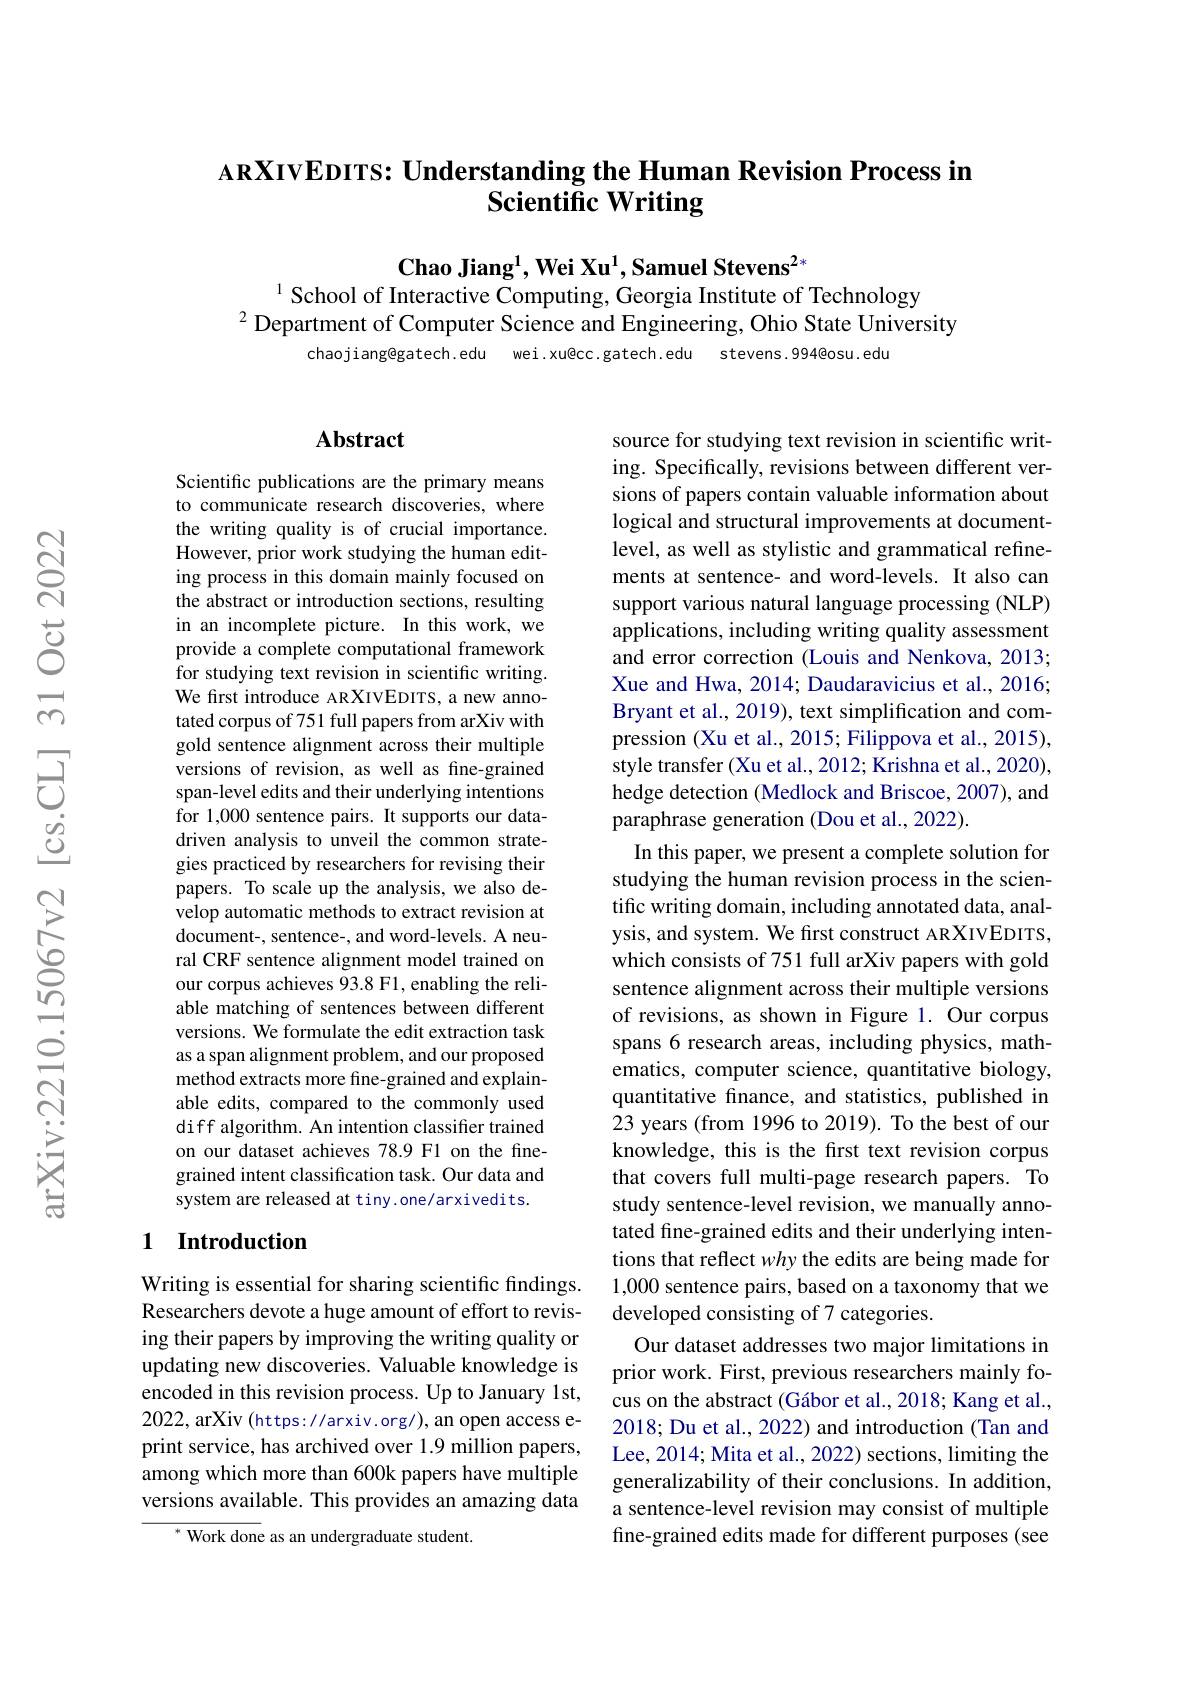
### $\textbf{ARXIVEDITS: Understanding the Human Revision Process in}$ Scientific Writing

Chao Jiang$^1$,Wei Xu$^1$,Samuel Stevens$^{2*}$
$^{1}$ School of Interactive Computing, Georgia Institute of Technology

$^{2}$ Department of Computer Science and Engineering, Ohio State University
chaojiang@gatech.edu wei.xu@cc.gatech.edu stevens.994@osu.edu

## $\mathbf{Abstract}$

Scientific publications are the primary means to communicate research discoveries, where the writing quality is of crucial importance. However, prior work studying the human editing process in this domain mainly focused on the abstract or introduction sections, resulting in an incomplete picture. In this work, we provide a complete computational framework for studying text revision in scientific writing. We first introduce ARXIVEDITS, a new annotated corpus of 751 full papers from arXiv with gold sentence alignment across their multiple versions of revision, as well as fine-grained span-level edits and their underlying intentions for 1,000 sentence pairs. It supports our datadriven analysis to unveil the common strategies practiced by researchers for revising their papers. To scale up the analysis, we also develop automatic methods to extract revision at document-, sentence-, and word-levels. A neural CRF sentence alignment model trained on our corpus achieves 93.8 F1, enabling the reliable matching of sentences between different versions. We formulate the edit extraction task as a span alignment problem, and our proposed method extracts more fine-grained and explainable edits, compared to the commonly used diff algorithm. An intention classifier trained on our dataset achieves 78.9 F1 on the finegrained intent classification task. Our data and system are released at tiny.one/arxivedits.

### 1 Introduction

Writing is essential for sharing scientific findings. Researchers devote a huge amount of effort to revising their papers by improving the writing quality or updating new discoveries. Valuable knowledge is encoded in this revision process. Up to January lst, 2022, arXiv (https: //arxiv.org/), an open access eprint service, has archived over 1.9 million papers, among which more than 600k papers have multiple versions available. This provides an amazing data

$^{*}$ Work done as an undergraduate student.

source for studying text revision in scientific writing. Specifically, revisions between different versions of papers contain valuable information about logical and structural improvements at documentlevel, as well as stylistic and grammatical refinements at sentence- and word-levels. It also can support various natural language processing (NLP) applications, including writing quality assessment and error correction (Louis and Nenkova, 2013; Xue and Hwa, 2014; Daudaravicius et al., 2016; Bryant et al., 2019), text simplification and compression (Xu et al., 2015; Filippova et al., 2015), style transfer (Xu et al., 2012; Krishna et al., 2020), hedge detection (Medlock and Briscoe, 2007), and paraphrase generation (Dou et al., 2022).
In this paper, we present a complete solution for studying the human revision process in the scientific writing domain, including annotated data, analysis, and system. We first construct ARXIVEDITS, which consists of 751 full arXiv papers with gold sentence alignment across their multiple versions of revisions, as shown in Figure 1. Our corpus spans 6 research areas, including physics, mathematics, computer science, quantitative biology, quantitative finance, and statistics, published in 23 years (from 1996 to 2019). To the best of our knowledge, this is the first text revision corpus that covers full multi-page research papers. To study sentence-level revision, we manually annotated fine-grained edits and their underlying intentions that reflect why the edits are being made for 1,000 sentence pairs, based on a taxonomy that we developed consisting of 7 categories.
Our dataset addresses two major limitations in prior work. First, previous researchers mainly focus on the abstract (Gábor et al., 2018; Kang et al., 2018; Du et al., 2022) and introduction (Tan and Lee, 2014; Mita et al., 2022) sections, limiting the generalizability of their conclusions. In addition, a sentence-level revision may consist of multiple fine-grained edits made for different purposes (see